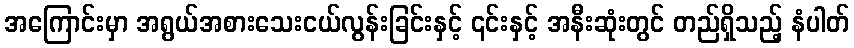
အကြောင်းမှာ အရွယ်အစားသေးငယ်လွန်းခြင်းနှင့် ၎င်းနှင့် အနီးဆုံးတွင် တည်ရှိသည့် နံပါတ်